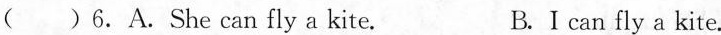
( ) 6. A. She can fly a kite. B. I can fly a kite.